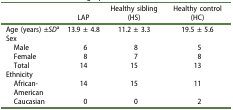
<table><thead><tr><td><b> </b></td><td><b>LAP</b></td><td><b>Healthy sibling (HS)</b></td><td><b>Healthy control (HC)</b></td></tr></thead><tbody><tr><td>Age (years) ±<i>SD</i><sup>a</sup></td><td>13.9 ± 4.8</td><td>11.2 ± 3.3</td><td>19.5 ± 5.6</td></tr><tr><td>Sex</td><td> </td><td> </td><td> </td></tr><tr><td> Male</td><td>6</td><td>8</td><td>5</td></tr><tr><td> Female</td><td>8</td><td>7</td><td>8</td></tr><tr><td> Total</td><td>14</td><td>15</td><td>13</td></tr><tr><td>Ethnicity</td><td> </td><td> </td><td> </td></tr><tr><td> African-American</td><td>14</td><td>15</td><td>11</td></tr><tr><td> Caucasian</td><td>0</td><td>0</td><td>2</td></tr></tbody></table>